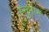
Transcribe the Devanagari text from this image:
स्नुमान